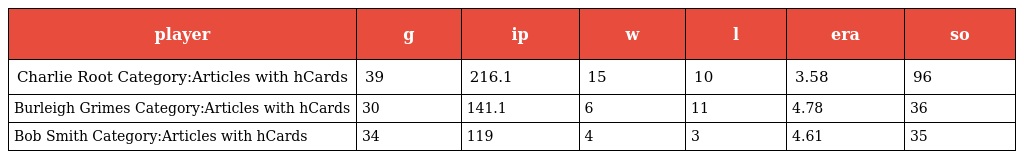
| player | g | ip | w | l | era | so |
 | --- | --- | --- | --- | --- | --- | --- |
 | Charlie Root Category:Articles with hCards | 39 | 216.1 | 15 | 10 | 3.58 | 96 |
 | Burleigh Grimes Category:Articles with hCards | 30 | 141.1 | 6 | 11 | 4.78 | 36 |
 | Bob Smith Category:Articles with hCards | 34 | 119 | 4 | 3 | 4.61 | 35 |